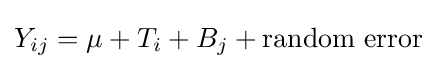
Y_{ij}=\mu +T_{i}+B_{j}+\mathrm {random\ error}